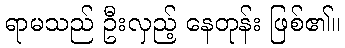
ရာမသည် ဦးလှည့် နေတုန်း ဖြစ်၏။